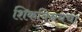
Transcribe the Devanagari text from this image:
शिकविनयचा